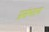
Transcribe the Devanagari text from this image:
प्रसंभात्य